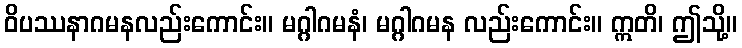
ဝိပဿနာဂမနလည်းကောင်း။ မဂ္ဂါဂမနံ၊ မဂ္ဂါဂမန လည်းကောင်း။ ဣတိ၊ ဤသို့။